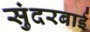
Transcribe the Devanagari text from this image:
सुंदरबाई